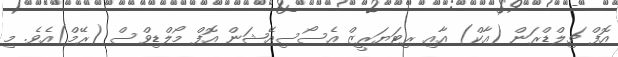
އޮފް ޗިލްޑްރަން (އާކް) އާއި ރިޓަޔަރީޒް އެސޯސިއޭޝަން އޮފް މޯލްޑިވްސް (ރޭމް)އެވެ. މި